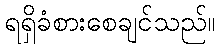
ရရှိခံစားစေချင်သည်။